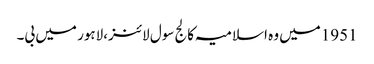
1951میں وہ اسلامیہ کالج سول لائنز،لاہور میں بی۔